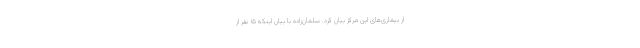
از بیماری‌های این مرکز بیان کرد. سلمان‌زاده با بیان اینکه ۱۵ نفر از